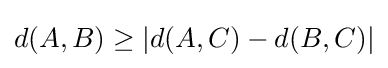
d(A,B)\geq |d(A,C)-d(B,C)|